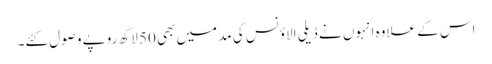
اس کے علاوہ انہوں نے ڈیلی الاؤنس کی مد میں بھی 50 لاکھ روپے وصول کئے۔